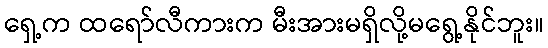
ရှေ့က ထရော်လီကားက မီးအားမရှိလို့မရွေ့နိုင်ဘူး။